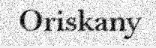
Oriskany